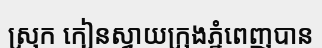
ស្រុក កៀនស្វាយក្រុងភ្នំពេញបាន